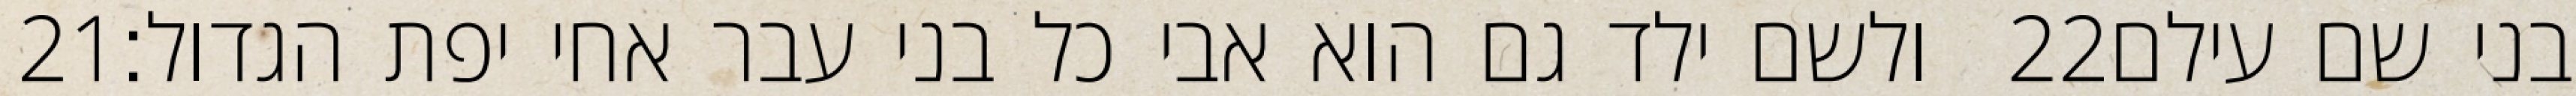
‎21‏ ולשם ילד גם הוא אבי כל בני עבר אחי יפת הגדול׃ ‎22‏ בני שם עילם